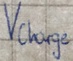
Text: VCarge